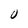
Character: 0